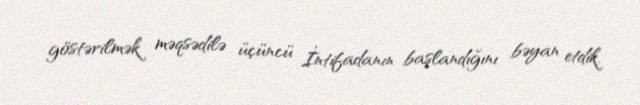
göstərilmək məqsədilə üçüncü İntifadanın başlandığını bəyan etdik.